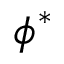
\phi ^ { * }